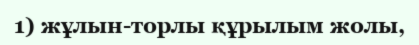
1) жұлын-торлы құрылым жолы,